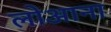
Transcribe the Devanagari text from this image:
लोआना